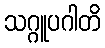
သဂ္ဂူပဂါတိ